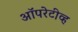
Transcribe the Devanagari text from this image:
ऑपरेटीव्ह